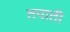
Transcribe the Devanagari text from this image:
तपाती